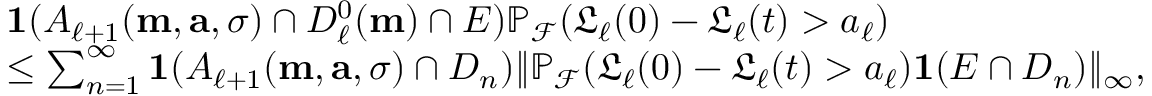
\begin{array} { r l } & { \mathbf { 1 } ( A _ { \ell + 1 } ( \mathbf { m } , \mathbf { a } , \sigma ) \cap D _ { \ell } ^ { 0 } ( \mathbf { m } ) \cap E ) \mathbb { P } _ { \mathcal { F } } ( \mathfrak { L } _ { \ell } ( 0 ) - \mathfrak { L } _ { \ell } ( t ) > a _ { \ell } ) } \\ & { \le \sum _ { n = 1 } ^ { \infty } \mathbf { 1 } ( A _ { \ell + 1 } ( \mathbf { m } , \mathbf { a } , \sigma ) \cap D _ { n } ) \| \mathbb { P } _ { \mathcal { F } } ( \mathfrak { L } _ { \ell } ( 0 ) - \mathfrak { L } _ { \ell } ( t ) > a _ { \ell } ) \mathbf { 1 } ( E \cap D _ { n } ) \| _ { \infty } , } \end{array}